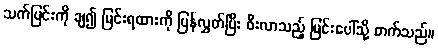
သက်ပြင်းကို ချ၍ မြင်းရထားကို ပြန်လွှတ်ပြီး စီးလာသည့် မြင်းပေါ်သို့ တက်သည်။